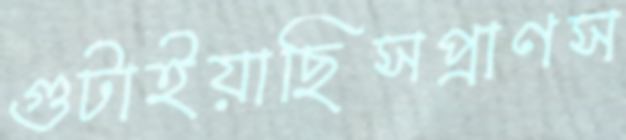
গুটাইয়াছিসপ্রাণস